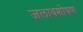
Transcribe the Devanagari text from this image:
जलावशोषण